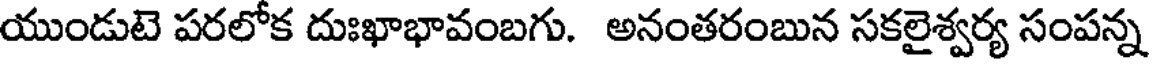
యుండుటె పరలోక దుఃఖాభావంబగు. అనంతరంబున సకలైశ్వర్య సంపన్న